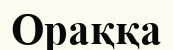
Ораққа